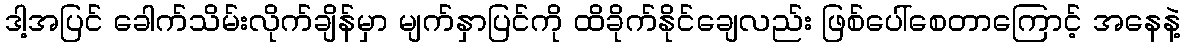
ဒါ့အပြင် ခေါက်သိမ်းလိုက်ချိန်မှာ မျက်နှာပြင်ကို ထိခိုက်နိုင်ချေလည်း ဖြစ်ပေါ်စေတာကြောင့် အနေနဲ့